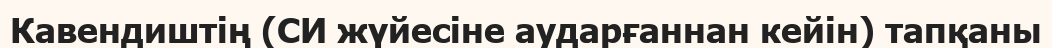
Кавендиштің (СИ жүйесіне аударғаннан кейін) тапқаны